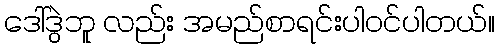
ဒေါ်ဒွဲဘူ လည်း အမည်စာရင်းပါဝင်ပါတယ်။